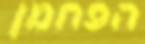
הפחמן